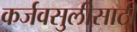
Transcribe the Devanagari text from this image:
कर्जवसुलीसाठी